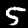
Digit: 5